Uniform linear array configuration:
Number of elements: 16
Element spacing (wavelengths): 0.75
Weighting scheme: hann
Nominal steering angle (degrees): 45
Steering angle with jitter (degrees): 43.132
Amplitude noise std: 0.05
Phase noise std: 0.05

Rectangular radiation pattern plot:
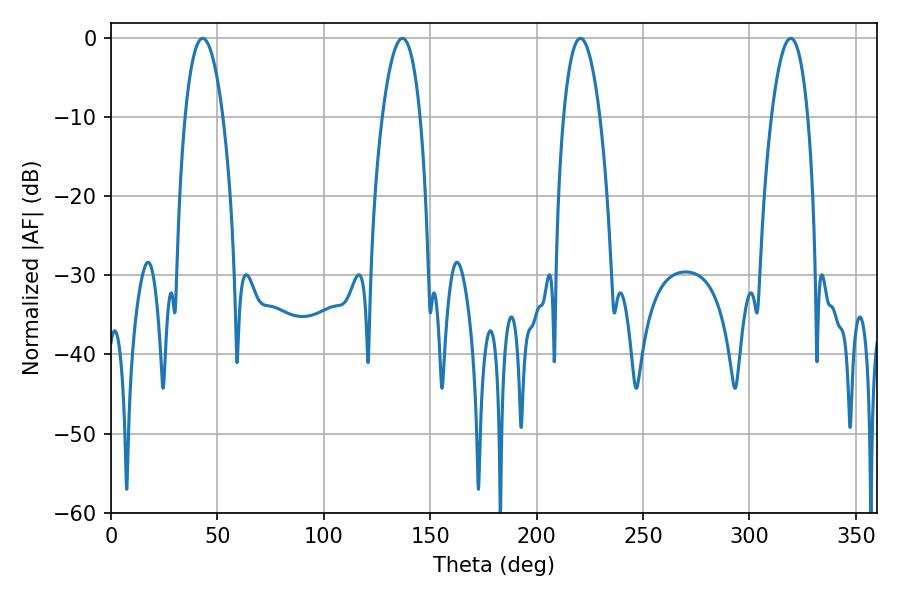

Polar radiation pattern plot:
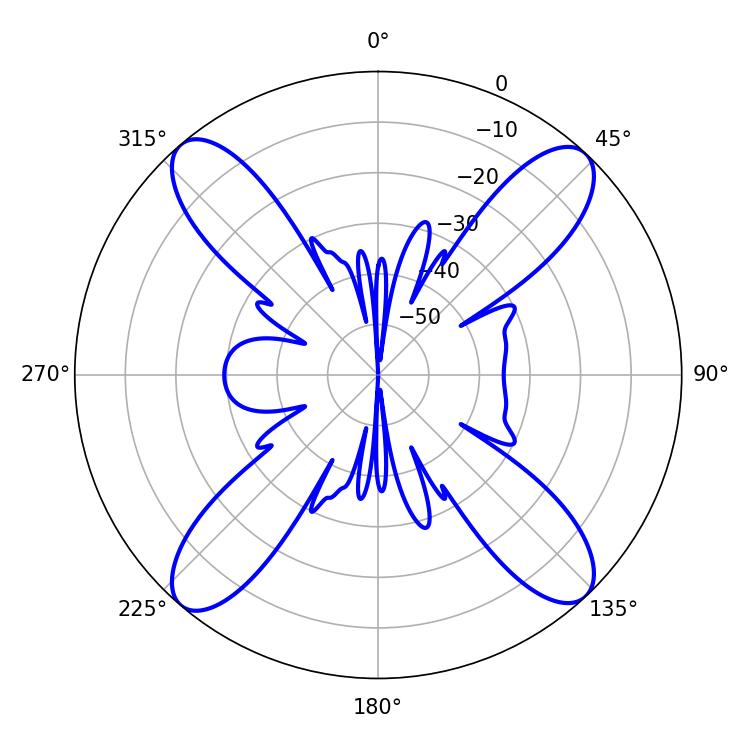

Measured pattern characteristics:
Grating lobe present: TRUE
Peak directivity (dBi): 19.765
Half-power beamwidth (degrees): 9.9
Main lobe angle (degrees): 43.02